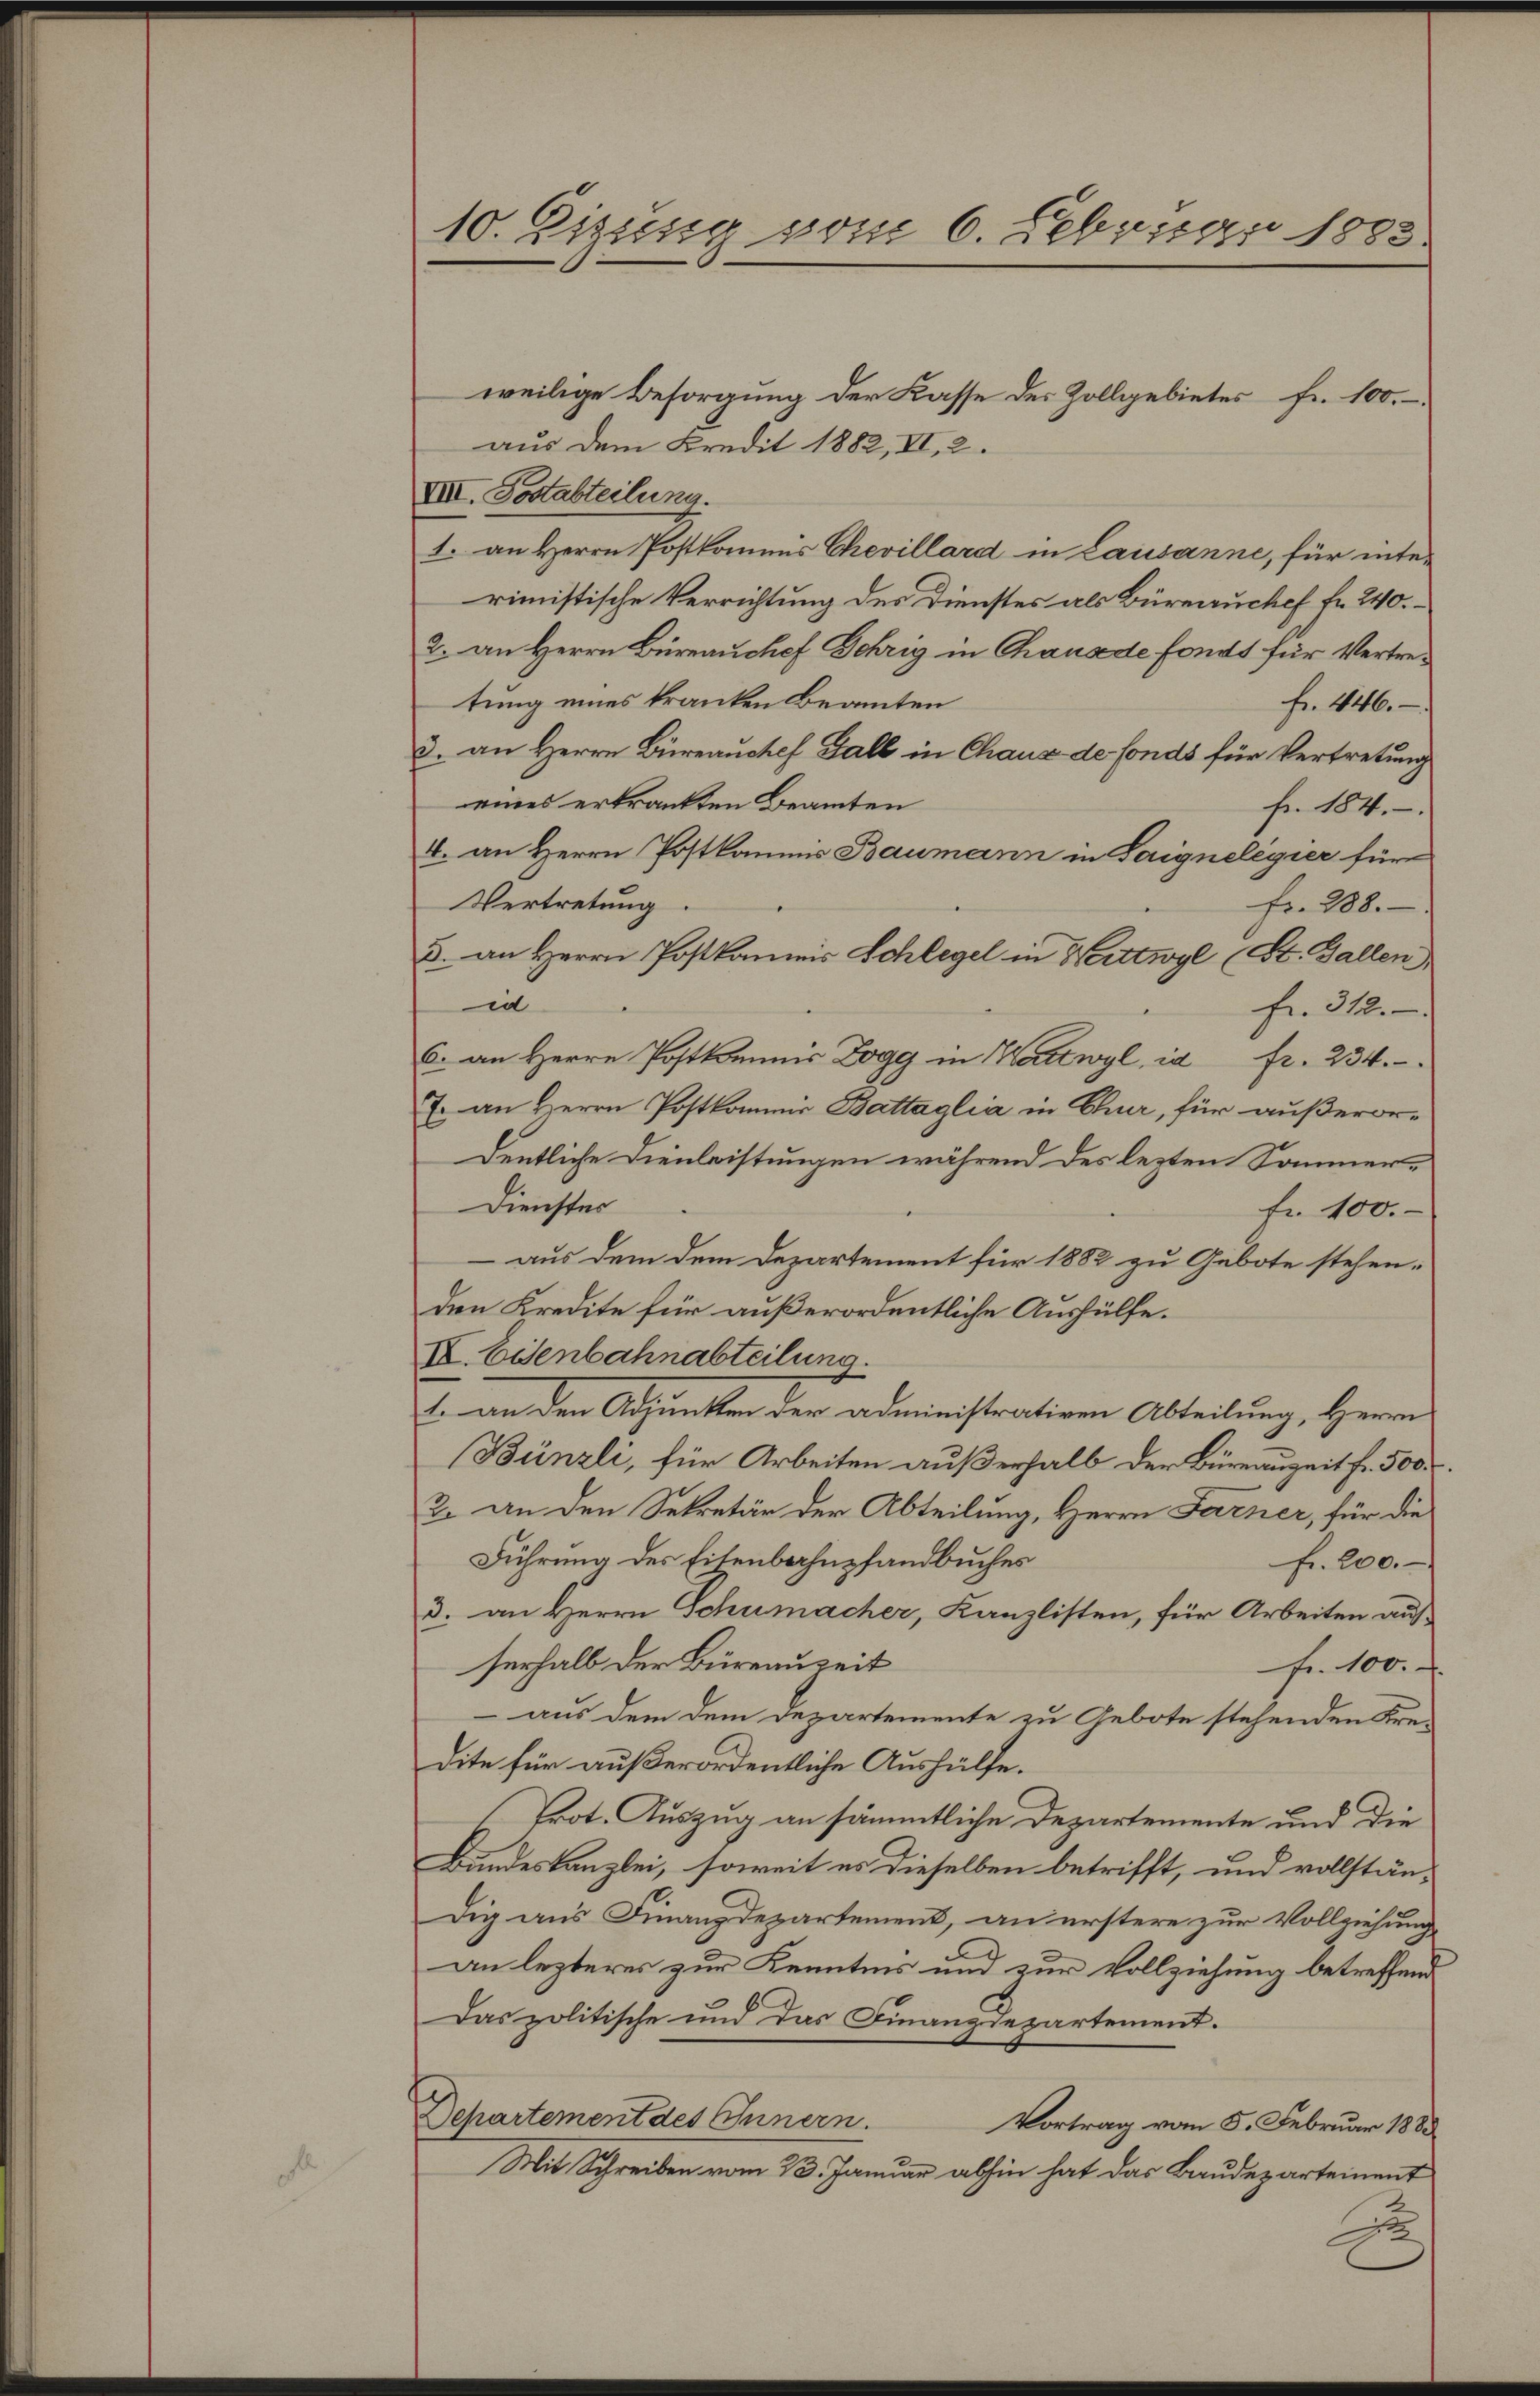
10. Eizung vom 6. Februar 1883.

weilige Besorgung der Kasse des Zollgebietes fr. 100.
aus dem Kredit 1882, II, 2.
VIII. Postabteilung.
1. an Herrn Postkommis Chevillard in Lausanne, für interimistische Verrichtung des Dienstes als Büreauchef fr. 240.
2. an Herrn Büreauchef Gehrig in Chaus de fonds für Vertretung eines kranken Beamten
fr. 446.
3. an Herrn Büreauchef Fall in Chaux de fonds für Vertretung
eines erkrankten Beamten
fr. 184.
4. an Herrn Postkammes Baumann in Saignelegier für
Vertretung.
fr. 288.
3. an Herrn Postkamnis Schlegel in Wittwyl (St. Gallen
in
fr. 312.
6. an Herrn Postkommnis Dogg in Wattwyl, in fr. 234.
7. an Herrn Postkommis Battaglia in Chur, für außerordentliche Dienleistungen während des lezten Sommer¬
Dienster
fr. 100.
 aus dem dem Departement für 1882 zu Gebote stehenden Kredite für außerordentliche Aushülfe.
II. Eisenbahnabteilung.
f. an den Adjunkten der administrativen Abteilung, Herrn
Bünzli, für Arbeiten außerhalb der Büreauzeit fr. 500.
2. an den Sekretär der Abteilung, Herrn Farner, für die
Führung des Eisenbahnpfandbuches
fr. 200.
d. an Herrn Schumacher, Kanzlisten, für Arbeiten auf
serhalb der Büreauzeit
fr. 100.
 aus dem dem Departemente zu Gebote stehenden Kre-
dite für außerordentliche Aushülfe.
Prot. Auszug an sämmtliche Departemente und die
Bundeskanzlei, soweit es dieselben betrifft, und vollstän-
dig aus Finanzdepartement, an erstere zur Vollziehung
an lezteres zur Kenntnis und zur Vollziehung betreffend
Das politische und das Finanzdepartement.
Departement des Innern.
Vortrag vom 5. Februar 1883
Mit Schreiben vom 23. Januar abhin hat das Baudepartement
x